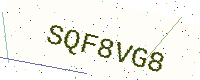
Text: SQF8VG8